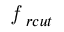
\textit { f } _ { r c u t }